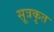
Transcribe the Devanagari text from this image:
सूत्रकृत